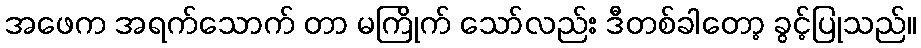
အဖေက အရက်သောက် တာ မကြိုက် သော်လည်း ဒီတစ်ခါတော့ ခွင့်ပြုသည်။